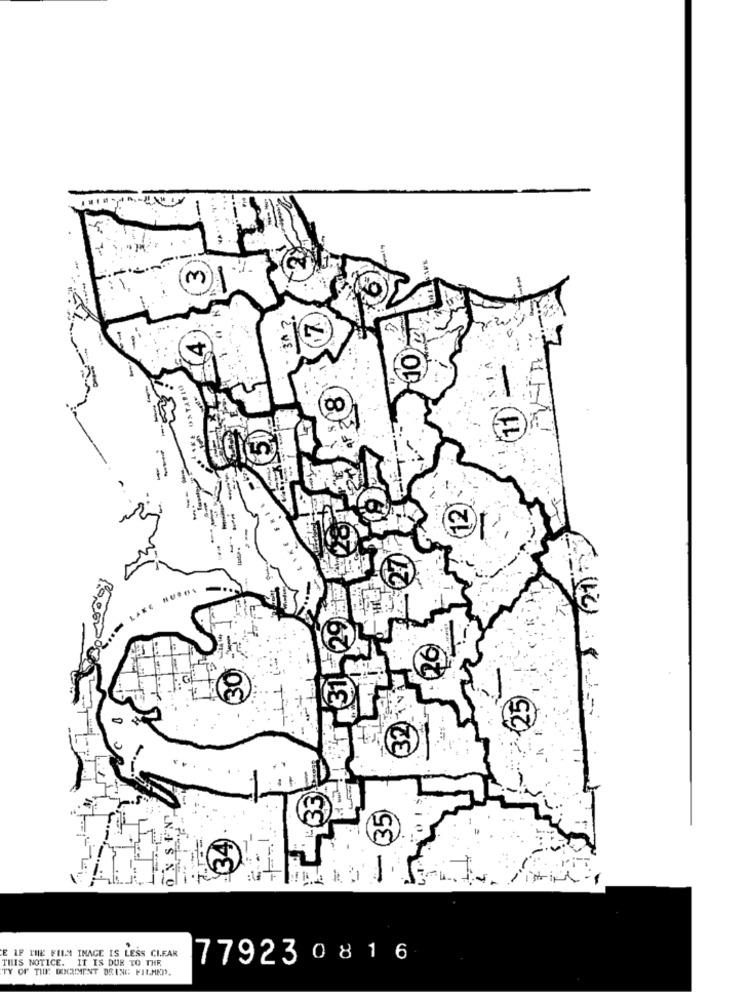
M
-
(11) -
00
12
62
EGETA
3C
0
-
E IF THE FILM IMAGE IS LESS CIFAR
THIS NOTICE. IT IS DUE TO THE
77923 0816
TY OF THE DOCUMENT BRING FILMED.